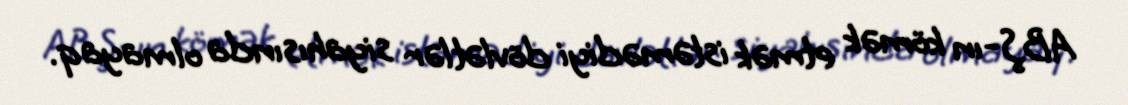
ABŞ-ın kömək etmək istəmədiyi dövlətlər siyahısında olmayaq.